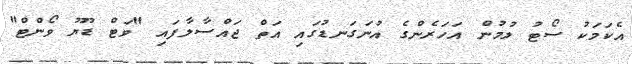
އެކަމަކު ސޯޓު ލުމުން އަހަރެންގެ އުނަގަނޑުގައި އަތް ޖައްސާލާފައި "ވަޓް ޑޫޔޫ ވޯންޓް"